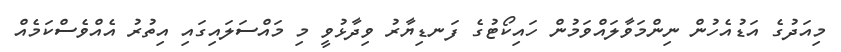
މިއަދުގެ އަޑުއެހުން ނިންމަވާލައްވަމުން ހައިކޯޓުގެ ފަނޑިޔާރު ވިދާޅުވީ މި މައްސަލައިގައި އިތުރު އެއްވެސްކަމެއް